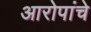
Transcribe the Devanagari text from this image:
आरोपांचे